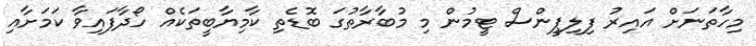
މިހާތަނަށް އައިރު ފިލިޕީންސް ޓީމުން މި މުބާރާތުގަ ބޮޑެތި ކާމިޔާބީތަކެއް ހޯދާފައިވާ ކަމަށާއި